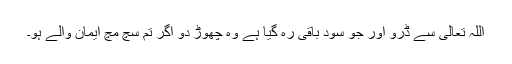
اللہ تعالیٰ سے ڈرو اور جو سود باقی رہ گیا ہے وہ چھوڑ دو اگر تم سچ مچ ایمان والے ہو۔